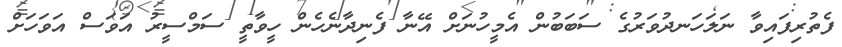
ފެތުރިފައިވާ ނަލަހަނދުވަރުގެ ސަބަބުން އެމީހުނަށް އޭނާ ފެނިދާނެހެން ހީވާތީ ސަމްސީރު އަވަސް އަވަހަށް